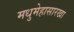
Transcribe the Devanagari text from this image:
मधुमेहासारखा